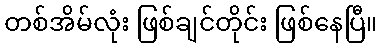
တစ်အိမ်လုံး ဖြစ်ချင်တိုင်း ဖြစ်နေပြီ။